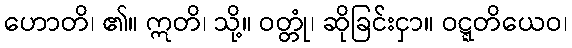
ဟောတိ၊ ၏။ ဣတိ၊ သို့။ ဝတ္တုံ၊ ဆိုခြင်းငှာ။ ဝဋ္ဋတိယေဝ၊